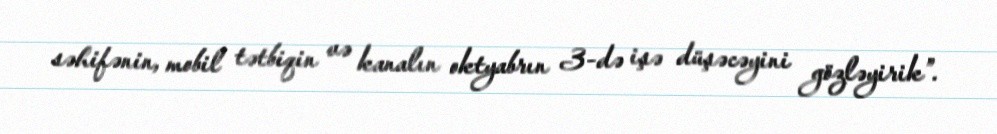
səhifənin, mobil tətbiqin və kanalın oktyabrın 3-də işə düşəcəyini gözləyirik”.